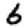
Digit: 6